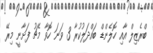
ބްރެޒިލް އާއި ހޮލެންޑް ބައްދަލުކުރާ 3 ވަނަ ހޮވާ މެޗު ފަށާނީ މިރޭ